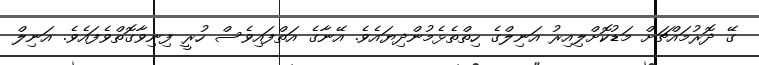
ގޭ ދޮރުމައްޗަށް މަޑުކޮށްލިއިރު އަނިލްގެ ހިތްތެޅެމުންދިޔައެވެ. އޭނާގެ އަތްފައިވެސް ހުރީ ފިނިވާގޮތްވެފައެވެ. އަނިލް